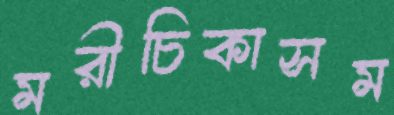
মরীচিকাসম